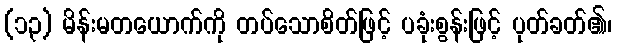
(၁၃) မိန်းမတယောက်ကို တပ်သောစိတ်ဖြင့် ပခုံးစွန်းဖြင့် ပုတ်ခတ်၏၊